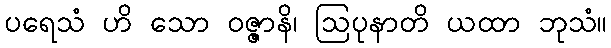
ပရေသံ ဟိ သော ဝဇ္ဇာနိ၊ ဩပုနာတိ ယထာ ဘုသံ။